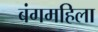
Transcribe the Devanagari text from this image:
बंगमहिला